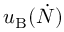
u _ { \mathrm { B } } ( \dot { N } )